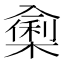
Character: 𭁁